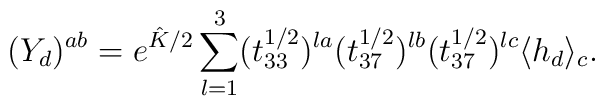
(Y_{d})^{ab}=e^{\hat{K}/2}\sum_{l=1}^{3}(t_{33}^{1/2})^{la}(t_{37}^{1/2})^{lb}(t_{37}^{1/2})^{lc}\langle h_{d}\rangle_{c}.